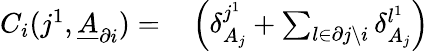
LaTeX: \begin{array}{rl}{C_{i}(j^{1},\underline{{A}}_{\partial i})=}&{{}\left(\delta_{A_{j}}^{j^{1}}+\sum_{l\in\partial j\backslash i}\delta_{A_{j}}^{l^{1}}\right)}\end{array}